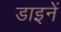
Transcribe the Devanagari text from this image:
डाइनें